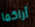
أراكما